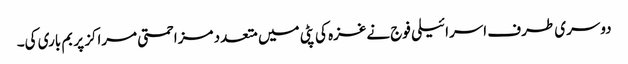
دوسری طرف اسرائیلی فوج نےغزہ کی پٹی میں متعدد مزاحمتی مراکز پر بم باری کی۔